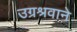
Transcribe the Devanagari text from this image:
उग्रश्रवाने